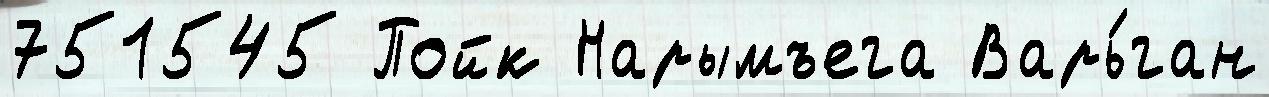
751545 Пойк Нарымъега Варь́ган